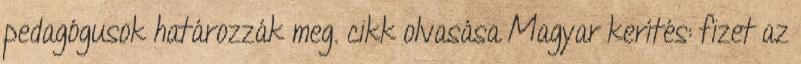
pedagógusok határozzák meg. cikk olvasása Magyar kerítés: fizet az